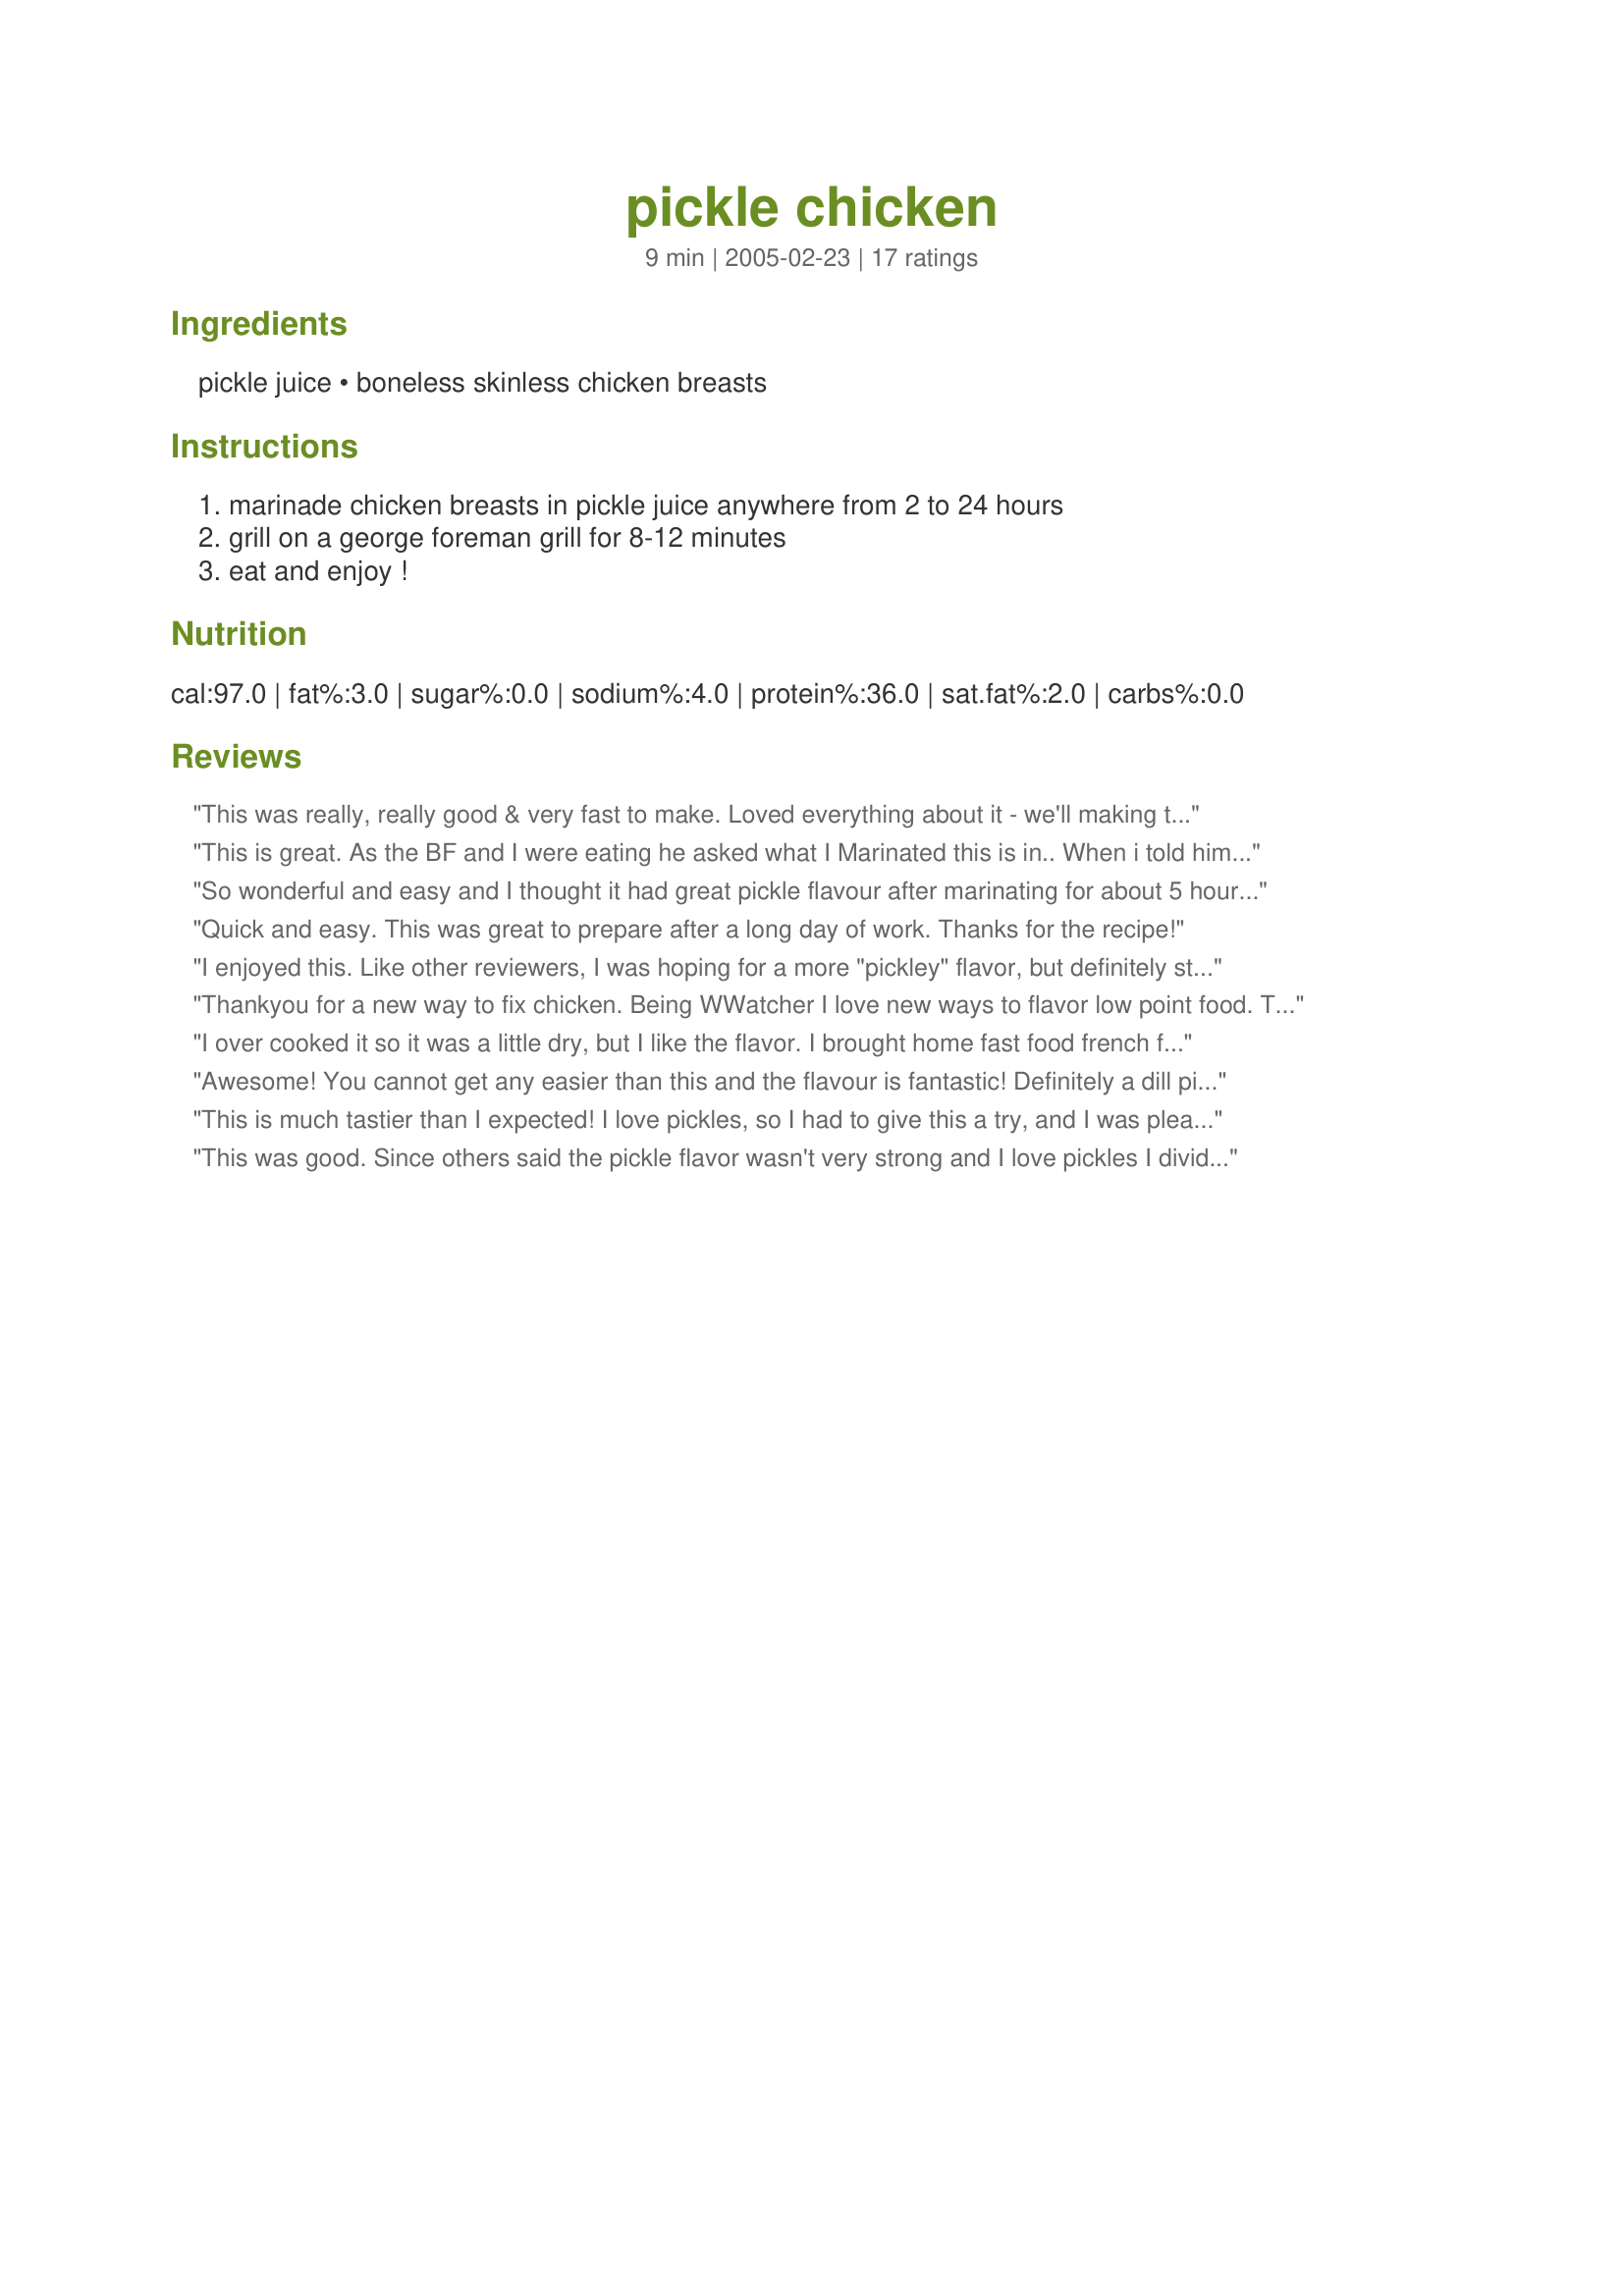
pickle chicken
Preparation time: 9 minutes

Ingredients:
pickle juice, boneless skinless chicken breasts

Steps:
marinade chicken breasts in pickle juice anywhere from 2 to 24 hours, grill on a george foreman grill for 8-12 minutes, eat and enjoy !

Reviews:
This was really, really good & very fast to make. Loved everything about it - we'll making this at our house every time we finish off a jar of pickles!
This is great. As the BF and I were eating he asked what I Marinated this is in.. When i told him he was suprised, he thought it was lemon. ... it does turn the edges of the chicken a greenish/yellow color but its soooo good.
So wonderful and easy and I thought it had great pickle flavour after marinating for about 5 hours. Can't wait to leave it overnight!
Quick and easy. This was great to prepare after a long day of work. Thanks for the recipe!
I enjoyed this. Like other reviewers, I was hoping for a more "pickley" flavor, but definitely still liked the flavor that was there and loved how tender the chicken was. I had this with some easy oven polenta, recipe #84268. Great comfort food. Thanks for posting!
Thankyou for a new way to fix chicken. Being WWatcher I love new ways to flavor low point food. This was moist and love dill pickles, so this was a hit for my house.
I over cooked it so it was a little dry, but I like the flavor. I brought home fast food french fries, so I was reminded of Chic-fil-a with the chicken, pickle & potato combo. My DH thought it was a wierd combination, but he doesn't eat Chic-fil-a, since he's GF. Thanks. Glad I was able to make good use of the year old pickle juice in my fridge I just couldn't throw away! HA!
Awesome! You cannot get any easier than this and the flavour is fantastic! Definitely a dill pickle flavour but not too tangy!
This is much tastier than I expected! I love pickles, so I had to give this a try, and I was pleasantly surprised at how flavorful and tender it was. It seems that the acidity in the pickle juice tenderized the meat, similar to a vinegar-based marinade. Thanks for a simple and unique recipe, Mimi.
This was good. Since others said the pickle flavor wasn't very strong and I love pickles I divided it and sprinkled half with dill weed after it marinated. It was better with the dill weed, but my family was kind of divided too. They said it was okay, and they would eat it again if I made it but wouldn't ask for it. I love pickles so they may have to eat it again. LOL It does make a nice chicken sandwich. I think it would be better over a charcol grill.
I have been marinating chicken breasts in leftover pickle juice for years... Ever since my I met my BF and there was always sooo many pickles in the house! I like to pound the chicken breasts flat and cut them in half (if they are on the larger size) and then marinate overnight. We love to grill them to give them some chargrilled flavor and serve them on buttered buns with a pickle slice or two... tastes just like Chick Fil A to us! Thanks for sharing this gem of a recipe!!!
I didn't know what to expect but was pleasantly surprised! It turned out to be quite good and had nice flavor. A good way to make use of leftover pickle juice. Thanks for posting!
A quick way to brine chicken, tender but I was expecting more flavour from the pickle juice. Thank you for posting this recipe.
very juicy!
My husband adored this chicken. I tried some cold and thought it would be terrific in a salad. What a fantastic way not to waste pickle juice!
This was good. My daughter gave it 5 stars. I love the flavor. I only marinated for 4 hours, but I think I will go longer next time. Very simple tasty.
It was easy to make and tasted good.
